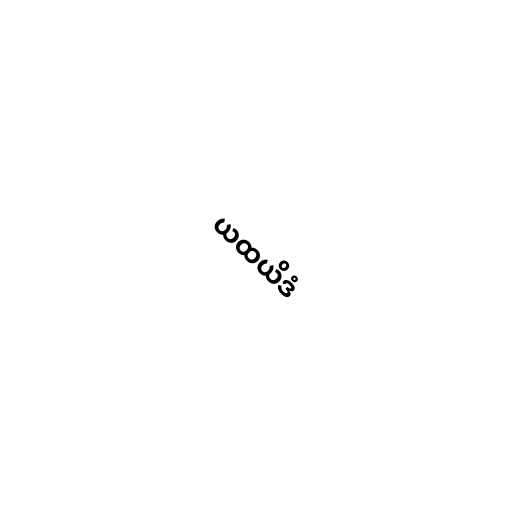
ယထယိဒံ